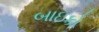
બાઇકો